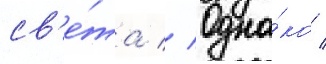
св'е́та // Одна́ко /